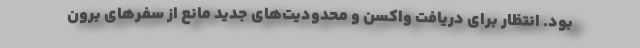
بود. انتظار برای دریافت واکسن و محدودیت‌های جدید مانع از سفرهای برون